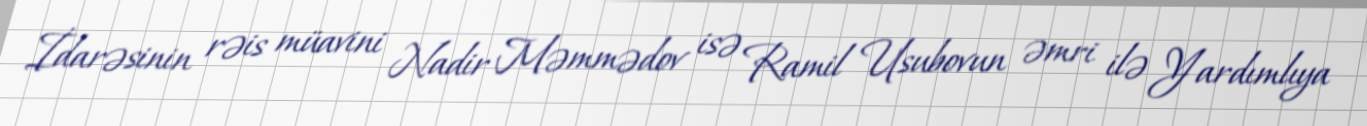
İdarəsinin rəis müavini Nadir Məmmədov isə Ramil Usubovun əmri ilə Yardımlıya